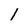
Character: l